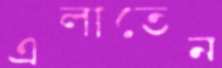
এলাতেন